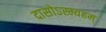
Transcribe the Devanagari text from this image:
दासोऽस्म्यहम्